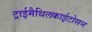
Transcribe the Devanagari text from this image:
ट्राईमैथिलकाईटोसन